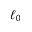
\ell _ { 0 }